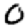
Digit: 0